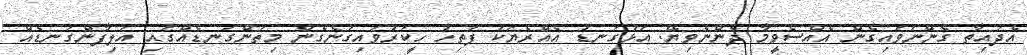
އެދައިތާ ގެންނަވައިގެން އެއްސެވީމާ ދެންނެވިޔޭ. އަޅުގަނޑު އެއްރެޔަކު ފަތިހު ހީކަރުވައިގަނެގެން މިތަންގަނޑެއްގައި އަލިފާންގަނޑެއް